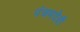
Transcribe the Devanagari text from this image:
पंचमदेवी